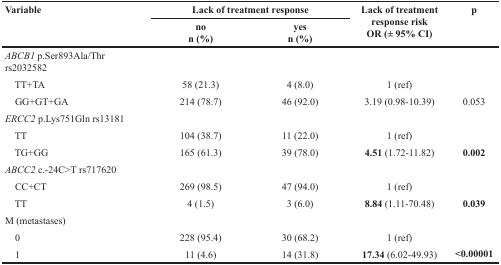
| <ROWSPAN=2> Variable | <COLSPAN=2> Lack of treatment response | <ROWSPAN=2> Lack of treatment response risk OR (± 95% CI) | <ROWSPAN=2> p |
 | no n (%) | yes n (%) |
 | --- | --- | --- | --- | --- |
 | ABCB1 p.Ser893Ala/Thr rs2032582 |  |  |  |  |
 | TT+TA | 58 (21.3) | 4 (8.0) | 1 (ref) |  |
 | GG+GT+GA | 214 (78.7) | 46 (92.0) | 3.19 (0.98-10.39) | 0.053 |
 | ERCC2 p.Lys751Gln rs13181 |  |  |  |  |
 | TT | 104 (38.7) | 11 (22.0) | 1 (ref) |  |
 | TG+GG | 165 (61.3) | 39 (78.0) | 4.51 (1.72-11.82) | 0.002 |
 | ABCC2 c.-24C>T rs717620 |  |  |  |  |
 | CC+CT | 269 (98.5) | 47 (94.0) | 1 (ref) |  |
 | TT | 4 (1.5) | 3 (6.0) | 8.84 (1.11-70.48) | 0.039 |
 | M (metastases) |  |  |  |  |
 | 0 | 228 (95.4) | 30 (68.2) | 1 (ref) |  |
 | 1 | 11 (4.6) | 14 (31.8) | 17.34 (6.02-49.93) | <0.00001 |